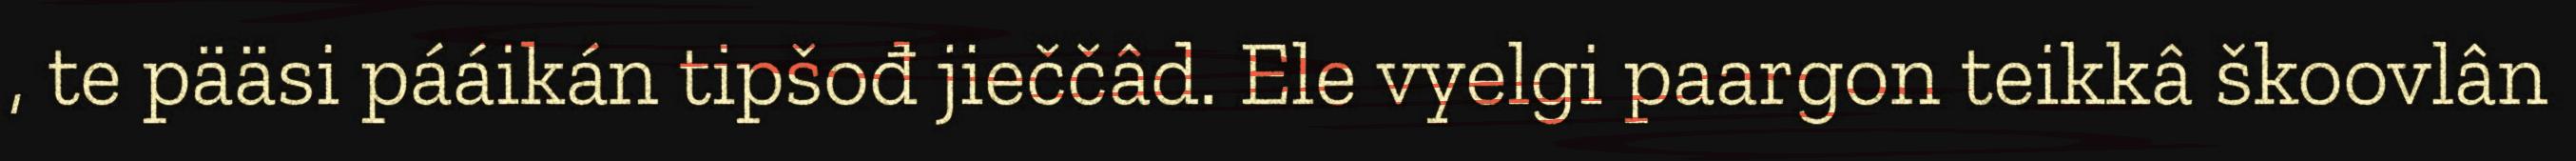
, te pääsi pááikán tipšođ jieččâd. Ele vyelgi paargon teikkâ škoovlân